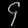
Digit: ၄